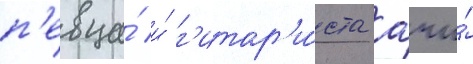
п'евца́ и́ г'итар'и́ста арчи́